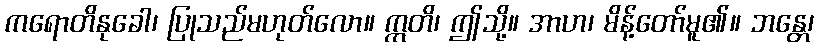
ကရောတိနုခေါ၊ ပြုသည်မဟုတ်လော။ ဣတိ၊ ဤသို့။ အာဟ၊ မိန့်တော်မူ၏။ ဘန္တေ၊